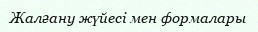
Жалғану жүйесі мен формалары